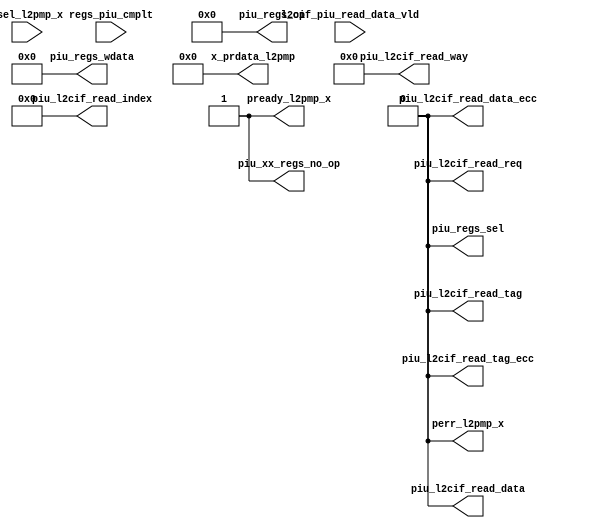
/*Copyright 2019-2021 T-Head Semiconductor Co., Ltd.

Licensed under the Apache License, Version 2.0 (the "License");
you may not use this file except in compliance with the License.
You may obtain a copy of the License at

    http://www.apache.org/licenses/LICENSE-2.0

Unless required by applicable law or agreed to in writing, software
distributed under the License is distributed on an "AS IS" BASIS,
WITHOUT WARRANTIES OR CONDITIONS OF ANY KIND, either express or implied.
See the License for the specific language governing permissions and
limitations under the License.
*/
module ct_piu_other_io_dummy(
  l2cif_piu_read_data_vld,
  perr_l2pmp_x,
  piu_l2cif_read_data,
  piu_l2cif_read_data_ecc,
  piu_l2cif_read_index,
  piu_l2cif_read_req,
  piu_l2cif_read_tag,
  piu_l2cif_read_tag_ecc,
  piu_l2cif_read_way,
  piu_regs_op,
  piu_regs_sel,
  piu_regs_wdata,
  piu_xx_regs_no_op,
  pready_l2pmp_x,
  psel_l2pmp_x,
  regs_piu_cmplt,
  x_prdata_l2pmp
);

// &Ports; @2
input           l2cif_piu_read_data_vld; 
input           psel_l2pmp_x;           
input           regs_piu_cmplt;         
output          perr_l2pmp_x;           
output          piu_l2cif_read_data;    
output          piu_l2cif_read_data_ecc; 
output  [20:0]  piu_l2cif_read_index;   
output          piu_l2cif_read_req;     
output          piu_l2cif_read_tag;     
output          piu_l2cif_read_tag_ecc; 
output  [3 :0]  piu_l2cif_read_way;     
output  [15:0]  piu_regs_op;            
output          piu_regs_sel;           
output  [63:0]  piu_regs_wdata;         
output          piu_xx_regs_no_op;      
output          pready_l2pmp_x;         
output  [31:0]  x_prdata_l2pmp;         

// &Regs; @3

// &Wires; @4
wire            perr_l2pmp_x;           
wire            piu_l2cif_read_data;    
wire            piu_l2cif_read_data_ecc; 
wire    [20:0]  piu_l2cif_read_index;   
wire            piu_l2cif_read_req;     
wire            piu_l2cif_read_tag;     
wire            piu_l2cif_read_tag_ecc; 
wire    [3 :0]  piu_l2cif_read_way;     
wire    [15:0]  piu_regs_op;            
wire            piu_regs_sel;           
wire    [63:0]  piu_regs_wdata;         
wire            piu_xx_regs_no_op;      
wire            pready_l2pmp_x;         
wire    [31:0]  x_prdata_l2pmp;         


assign piu_regs_sel               = 1'b0;
assign piu_regs_op[15:0]          = 16'b0;
assign piu_regs_wdata[63:0]       = 64'b0;
assign piu_xx_regs_no_op          = 1'b1;

assign piu_l2cif_read_req         = 1'b0; 
assign piu_l2cif_read_tag         = 1'b0; 
assign piu_l2cif_read_data        = 1'b0; 
assign piu_l2cif_read_tag_ecc     = 1'b0;
assign piu_l2cif_read_data_ecc    = 1'b0;
assign piu_l2cif_read_way[3:0]    = 4'b0;
assign piu_l2cif_read_index[20:0] = 21'b0;

// &Force("input", "regs_piu_cmplt"); @19
// &Force("input", "l2cif_piu_read_data_vld"); @20

assign perr_l2pmp_x         = 1'b0;
assign pready_l2pmp_x       = 1'b1;
assign x_prdata_l2pmp[31:0] = 32'b0;

// &Force("input", "psel_l2pmp_x"); @26

// &ModuleEnd; @28
endmodule